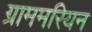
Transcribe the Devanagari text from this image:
ग्राममरियन